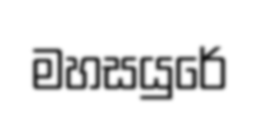
මහසයුරේ